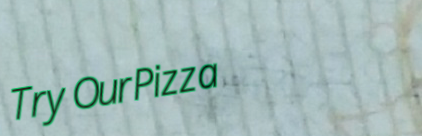
TryOurPizza